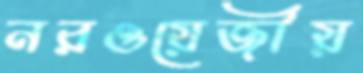
নরওয়েজীয়